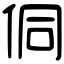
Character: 侗